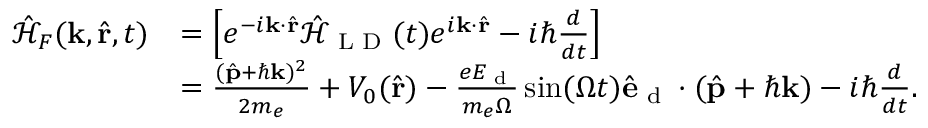
\begin{array} { r l } { \mathcal { \hat { H } } _ { F } ( \mathbf { k } , \hat { \mathbf { r } } , t ) } & { = \left[ e ^ { - i \mathbf { k } \cdot \hat { \mathbf { r } } } \mathbf { \mathcal { \hat { H } } } _ { \textrm { L D } } ( t ) e ^ { i \mathbf { k } \cdot \hat { \mathbf { r } } } - i \hbar \frac { d } { d t } \right] } \\ & { = \frac { ( \hat { \mathbf { p } } + \hbar \mathbf { k } ) ^ { 2 } } { 2 m _ { e } } + V _ { 0 } ( \hat { \mathbf { r } } ) - \frac { e E _ { \textrm { d } } } { m _ { e } \Omega } \sin ( \Omega t ) \hat { \mathbf { e } } _ { \textrm { d } } \cdot ( \hat { \mathbf { p } } + \hbar \mathbf { k } ) - i \hbar \frac { d } { d t } . } \end{array}